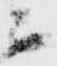
ニ